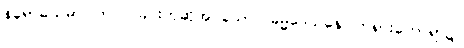
နိရောဓသမာပါတ်ဝ်ပြခြင်းဟုဆိုအပ်သော။ ဓမ္မဒေသနေ၊ တရားဟောရာ၌။